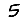
Digit: 5